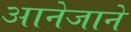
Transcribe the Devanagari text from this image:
आनेजाने